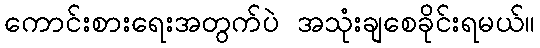
ကောင်းစားရေးအတွက်ပဲ အသုံးချစေခိုင်းရမယ်။